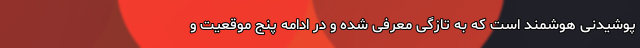
پوشیدنی‌ هوشمند است که به تازگی معرفی شده و در ادامه پنج موقعیت و